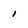
Character: i